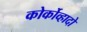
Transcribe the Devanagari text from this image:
कोर्कोव्हादो